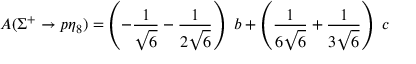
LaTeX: A ( \Sigma ^ { + } \rightarrow p \eta _ { 8 } ) = \left( - \frac { 1 } { \sqrt { 6 } } - \frac { 1 } { 2 \sqrt { 6 } } \right) ~ b + \left( \frac { 1 } { 6 \sqrt { 6 } } + \frac { 1 } { 3 \sqrt { 6 } } \right) ~ c